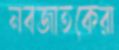
নবজাতকেরা